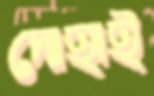
দোহাই